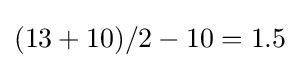
(13+10)/2-10=1.5